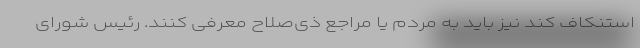
استنکاف کند نیز باید به مردم یا مراجع ذی‌صلاح معرفی کنند. رئیس شورای